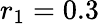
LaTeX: r_{1}=0.3